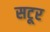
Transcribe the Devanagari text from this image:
सटूर